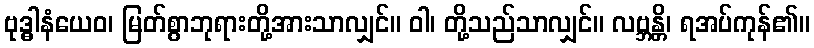
ဗုဒ္ဓါနံယေဝ၊ မြတ်စွာဘုရားတို့အားသာလျှင်။ ဝါ၊ တို့သည်သာလျှင်။ လဗ္ဘန္တိ၊ ရအပ်ကုန်၏။